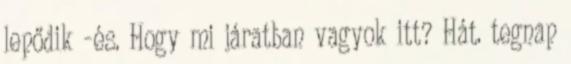
lepődik -és. Hogy mi járatban vagyok itt? Hát. tegnap